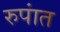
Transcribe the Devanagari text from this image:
रुपांत